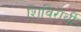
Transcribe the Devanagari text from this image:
शिविरार्थी